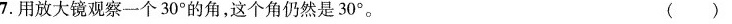
7.用放大镜观察一个30°的角，这个角仍然是30°。 ()